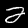
Digit: 2